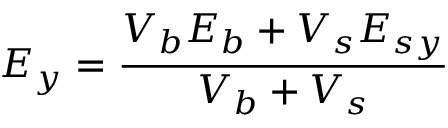
E _ { y } = \frac { V _ { b } E _ { b } + V _ { s } E _ { s y } } { V _ { b } + V _ { s } }